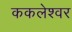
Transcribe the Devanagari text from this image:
ककलेश्वर